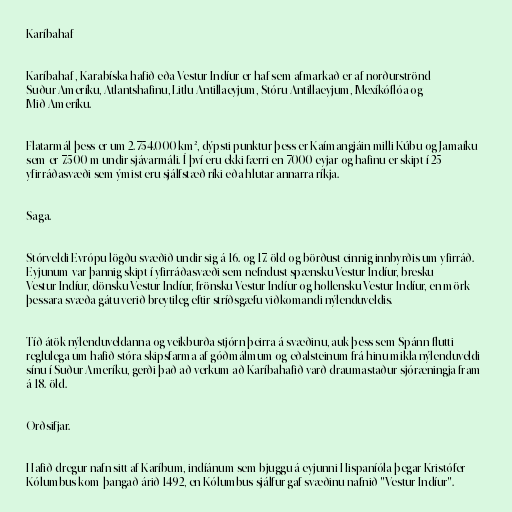
Karíbahaf

Karíbahaf , Karabíska hafið eða Vestur-Indíur er haf sem afmarkað er af norðurströnd
Suður-Ameríku, Atlantshafinu, Litlu-Antillaeyjum, Stóru-Antillaeyjum, Mexíkóflóa og
Mið-Ameríku.

Flatarmál þess er um 2.754.000 km², dýpsti punktur þess er Kaímangjáin milli Kúbu og Jamaíku
sem er 7.500 m undir sjávarmáli. Í því eru ekki færri en 7000 eyjar og hafinu er skipt í 25
yfirráðasvæði sem ýmist eru sjálfstæð ríki eða hlutar annarra ríkja.

Saga.

Stórveldi Evrópu lögðu svæðið undir sig á 16. og 17. öld og börðust einnig innbyrðis um yfirráð.
Eyjunum var þannig skipt í yfirráðasvæði sem nefndust spænsku Vestur-Indíur, bresku
Vestur-Indíur, dönsku Vestur-Indíur, frönsku Vestur-Indíur og hollensku Vestur-Indíur, en mörk
þessara svæða gátu verið breytileg eftir stríðsgæfu viðkomandi nýlenduveldis.

Tíð átök nýlenduveldanna og veikburða stjórn þeirra á svæðinu, auk þess sem Spánn flutti
reglulega um hafið stóra skipsfarma af góðmálmum og eðalsteinum frá hinu mikla nýlenduveldi
sínu í Suður-Ameríku, gerði það að verkum að Karíbahafið varð draumastaður sjóræningja fram
á 18. öld.

Orðsifjar.

Hafið dregur nafn sitt af Karíbum, indíánum sem bjuggu á eyjunni Hispaníóla þegar Kristófer
Kólumbus kom þangað árið 1492, en Kólumbus sjálfur gaf svæðinu nafnið "Vestur-Indíur".